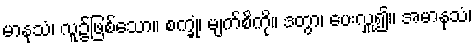
မာနုသံ၊ လူ၌ဖြစ်သော။ စက္ခုံ၊ မျက်စိကို။ ဒတွာ၊ ပေးလှူ၍။ အမာနုသံ၊